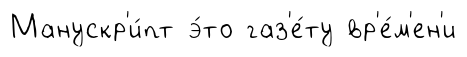
Манускр'и́пт э́то газ'е́ту вр'е́м'ен'и